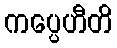
ကပ္ပေဟီတိ